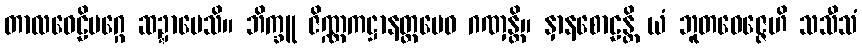
တာလဝေဠိမဂ္ဂေ ဆဍ္ဍာပေသိ။ ဘိက္ခူ ဇိဏ္ဏကဋ္ဌာနတ္ထမေဝ ဂဏှန္တိ။ နှာနစောဠန္တိ ယံ ဘူတဝေဇ္ဇေဟိ သသီသံ